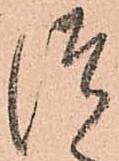
つ